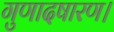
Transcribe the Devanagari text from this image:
गुणादषारण।